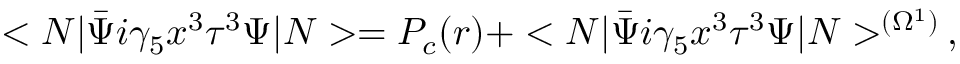
< N | \bar { \Psi } i \gamma _ { 5 } x ^ { 3 } \tau ^ { 3 } \Psi | N > = P _ { c } ( r ) + < N | \bar { \Psi } i \gamma _ { 5 } x ^ { 3 } \tau ^ { 3 } \Psi | N > ^ { ( \Omega ^ { 1 } ) } \, ,